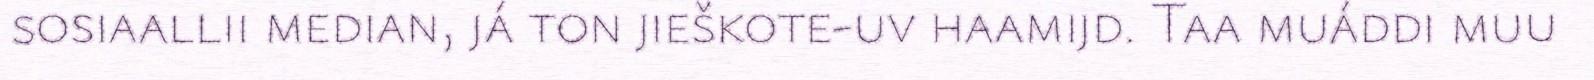
sosiaallii median, já ton jieškote-uv haamijd. Taa muáddi muu